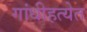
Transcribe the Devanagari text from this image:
गांधीहत्येत